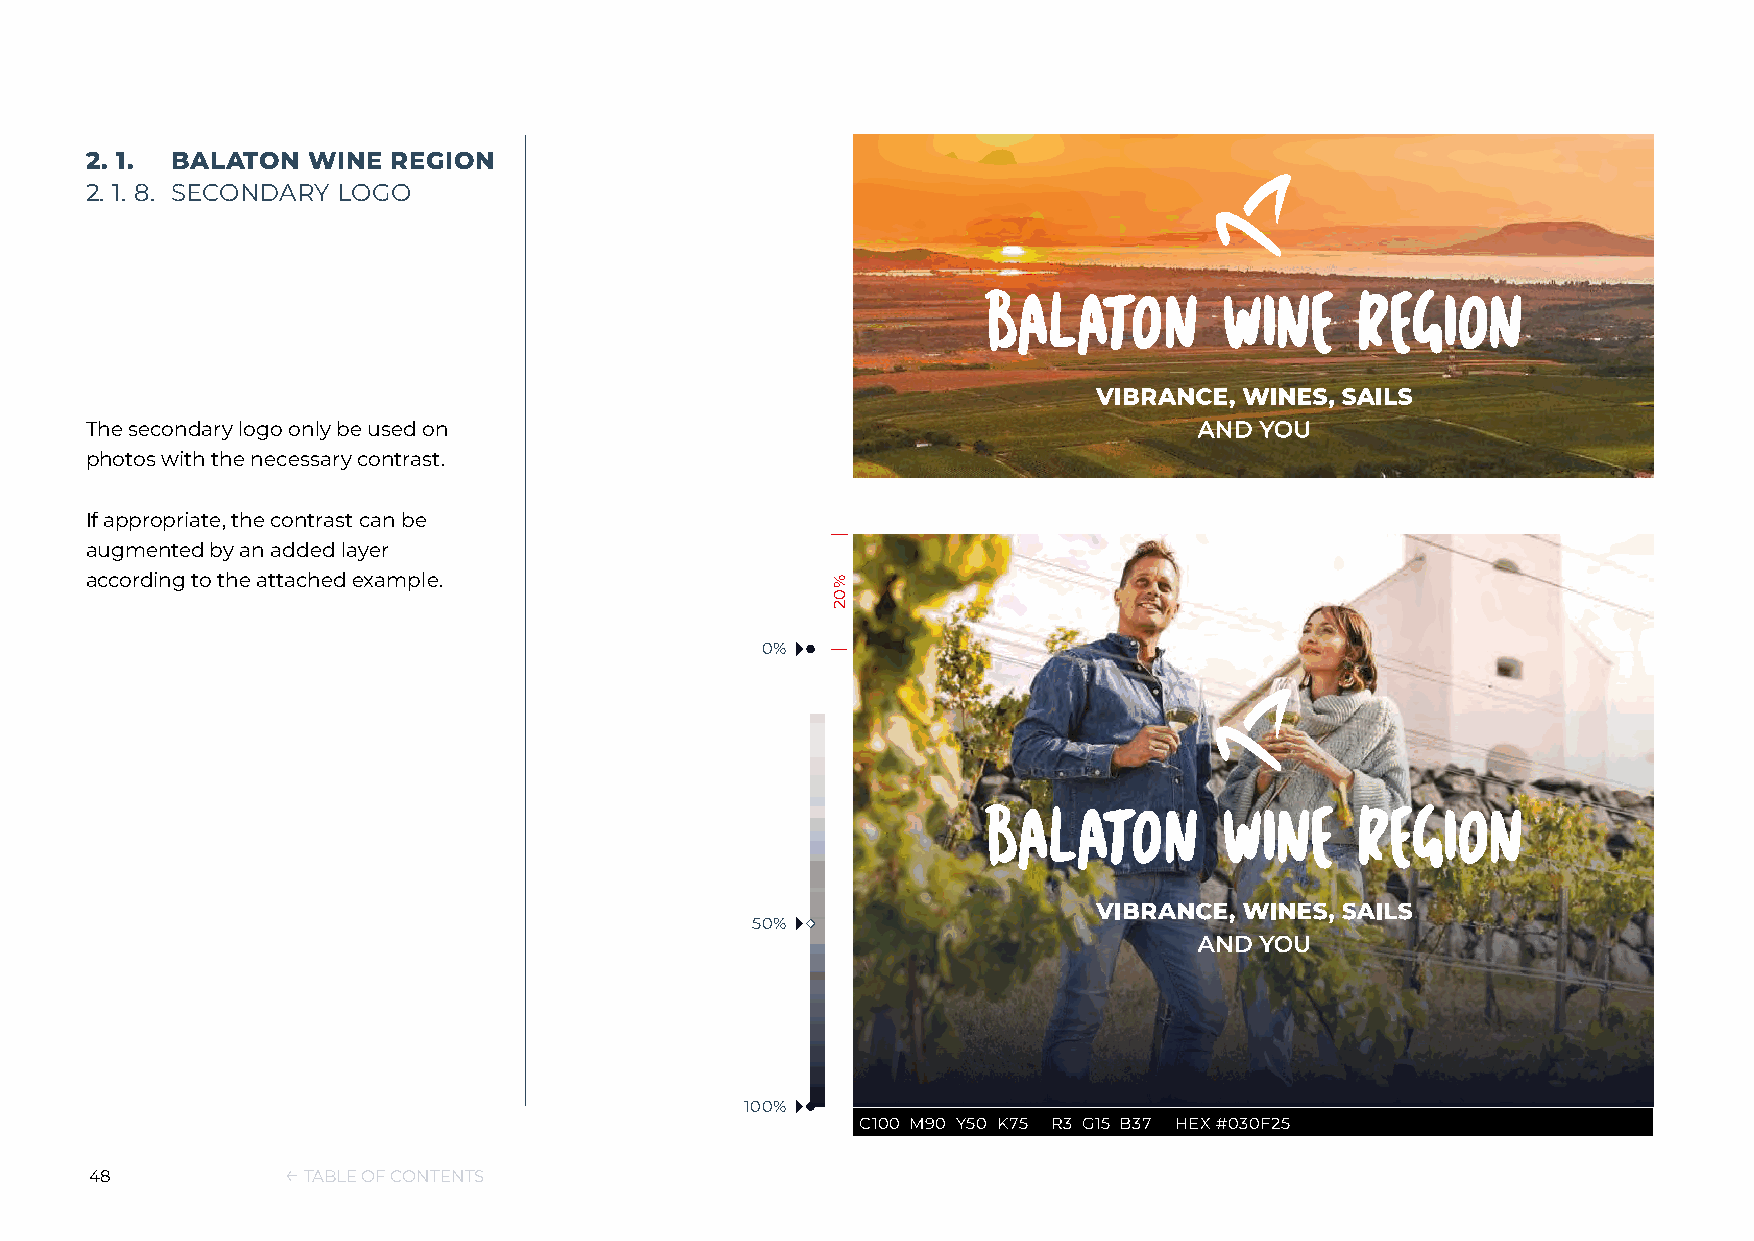
2. 1. BALATON WINE  REGION
 2. 1. 8. SECONDARY LOGO
 The secondary logo only be used on
 photos with the necessary contrast.
 If appropriate, the contrast can be
 augmented by an added layer
 according to the attached example.
 0%
 50%
 100%
 C100 M90 Y50 K75 R3 G15 B37 HEX #030F25
 48           ← TABLE OF CONTENTS
 %02